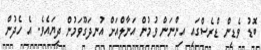
ބޮޑު ވެޑިން ޑްރެސްގައި އިންނަން ވުމުން އަނާލްއަށް އުނދަގޫވަމުން ދިޔައެވެ. އެ ހެދުން